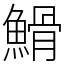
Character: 䱻